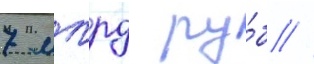
7 млрд ру́б //